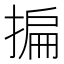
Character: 揙